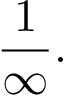
{ \frac { 1 } { \infty } } .